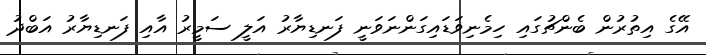
އޭގެ އިތުރުން ބެންޗުގައި ހިމެނިވަޑައިގަންނަވަނީ ފަނޑިޔާރު އަލީ ސަމީރު އާއި ފަނޑިޔާރު އަބްދު